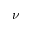
\nu